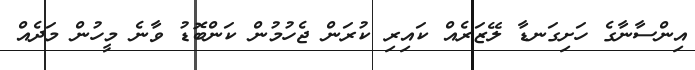
އިންސާނާގެ ހަށިގަނޑާ ލޭޒަރެއް ކައިރި ކުރަން ޖެހުމުން ކަންބޮޑު ވާނެ މީހުން މަދެއް